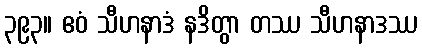
၃၉၃။ ဧဝံ သီဟနာဒံ နဒိတွာ တဿ သီဟနာဒဿ